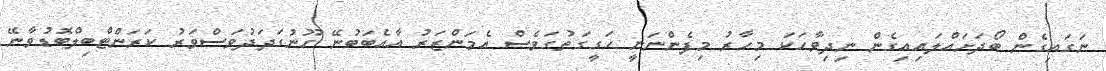
ނަގައިގެން ބޯދަށައްލައިއިގެން ނިދިވާހަކަ މިހާރު މިފެންނަނީ ހަގީގަތުގަވެސް އެމަންޒަރު އާއެބަބުނޭ ހޫނުގަދަދުވަސްވަރު ކަރަންޓްބިލްބޮޑުވާނޭ